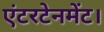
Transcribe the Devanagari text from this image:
एंटरटेनमेंट।